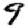
Digit: 9